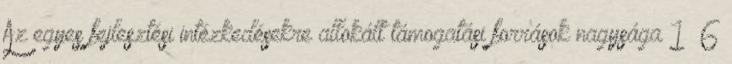
Az egyes fejlesztési intézkedésekre allokált támogatási források nagysága 1 6